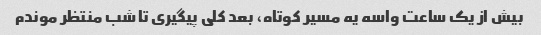
بیش از یک ساعت واسه یه مسیر کوتاه، بعد کلی پیگیری تا شب منتظر موندم